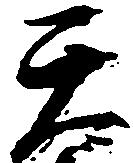
天